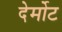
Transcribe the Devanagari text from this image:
देर्मोट